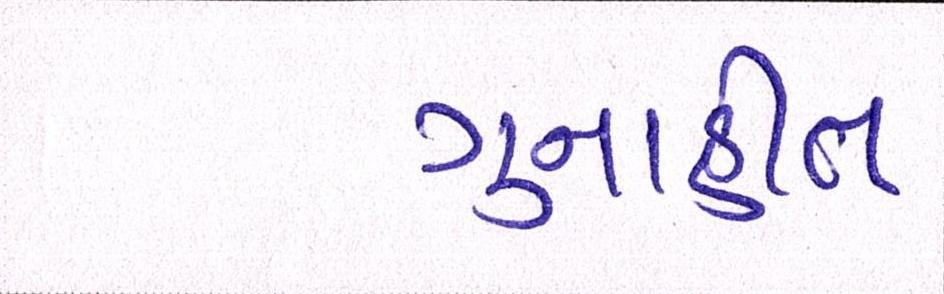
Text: ગુનાહીત